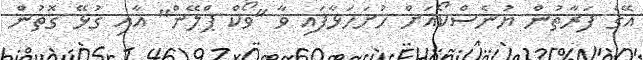
އޭގެ ފަރާތުން ޔުނެސްކޯއަށް ހުށަހަޅާފައި ވާ "ވޯކް ޕްލޭން" އާއި ގުޅޭ ގޮތުން